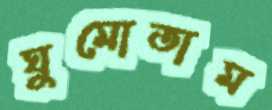
ঘুমোতাম